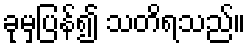
ခုမှပြန်၍ သတိရသည်။